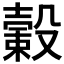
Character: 𣫎